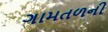
ગામતળની